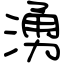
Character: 湧